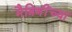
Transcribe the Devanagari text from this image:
मैत्रिणींच्या